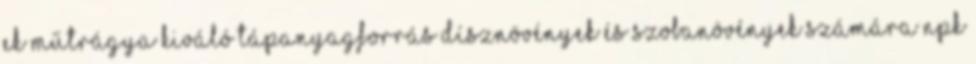
EK műtrágya Kiváló tápanyagforrás dísznövények és szobanövények számára NPK